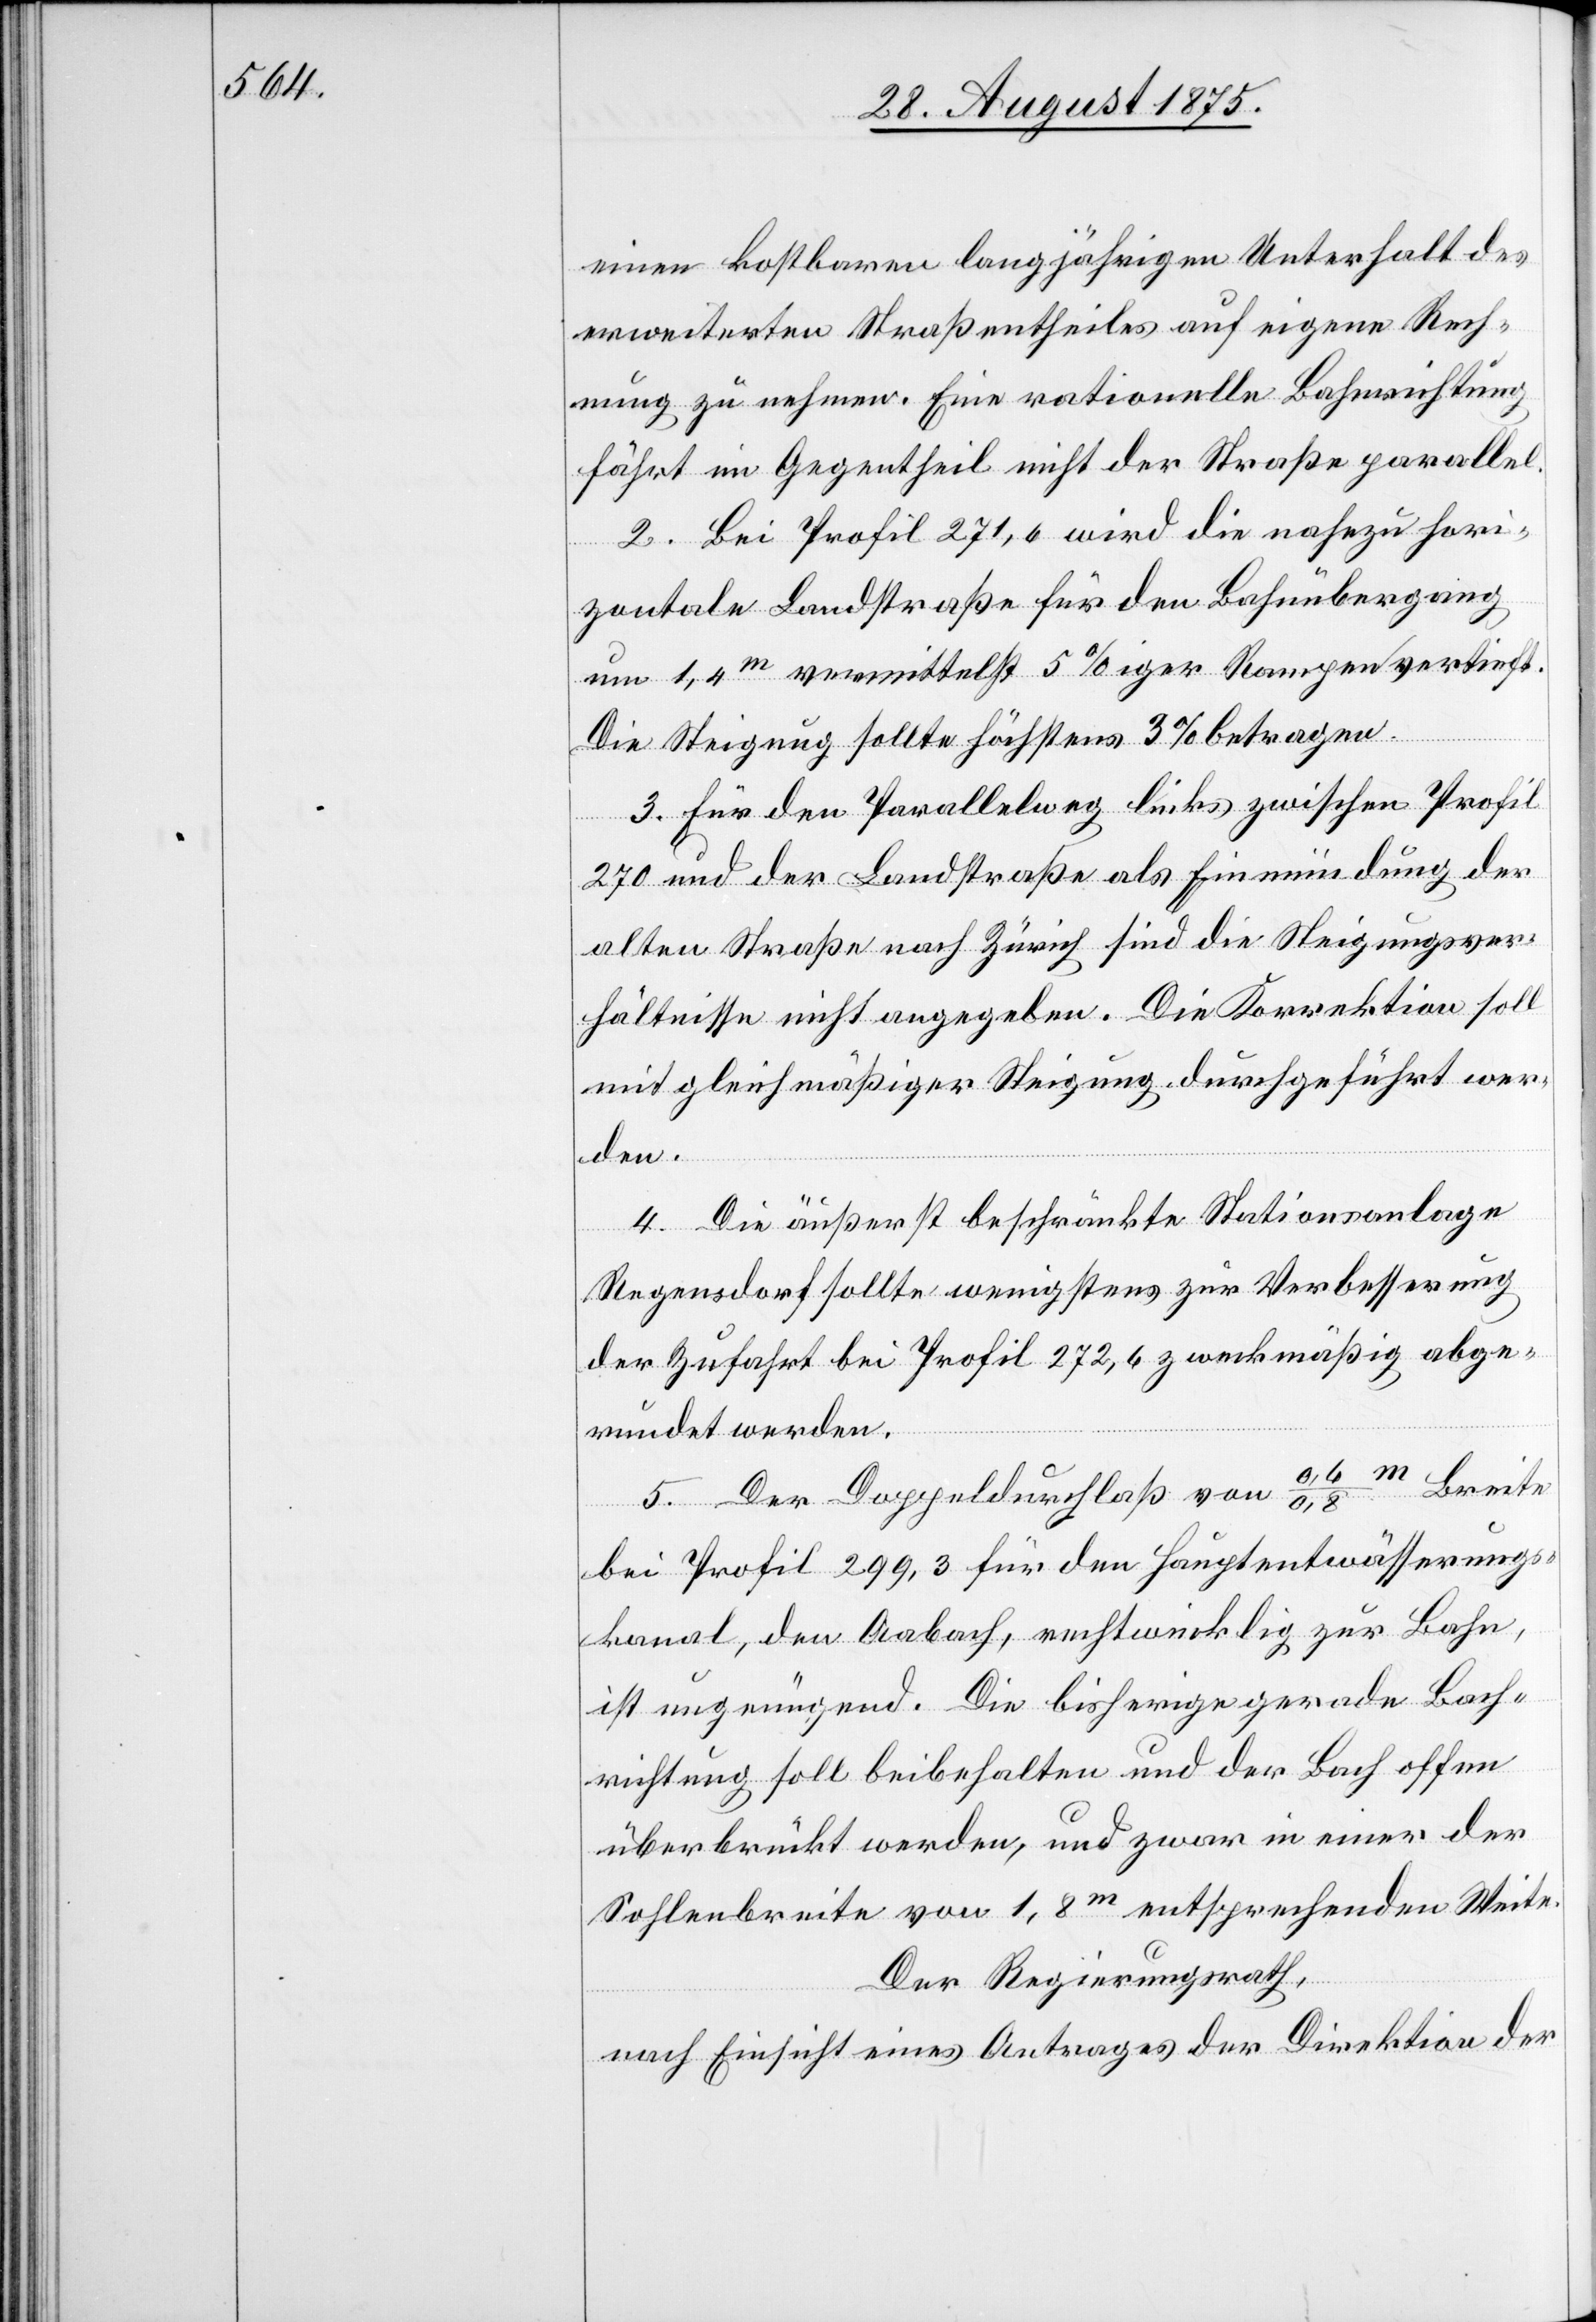
einen kostbaren langjährigen Unterhalt des
erweiterten Straßentheiles auf eigene Rech¬
nung zu nehmen. Eine rationelle Bahnrichtung
fährt im Gegentheil nicht der Straße parallel.
2. Bei Profil 271,6 wird die nahezu hori¬
zontale Landstraße für den Bahnübergang
um 1,4m vermittelst 5%iger Rampen vertieft.
Die Steigung sollte höchstens 3% betragen.
3. Für den Parallelweg links zwischen Profil
270 und der Landstraße als Einmündung der
alten Straße nach Zürich sind die Steigungsver¬
hältnisse nicht angegeben. Die Korrektion soll
mit gleichmäßiger Steigung durchgeführt wer¬
den.
4. Die äußerst beschränkte Stationsanlage
Regensdorf sollte wenigstens zur Verbesserung
der Zufahrt bei Profil 272,6 zweckmäßig abge¬
rundet werden.
5. Der Doppeldurchlaß von 0,6/0,8m Breite
bei Profil 299,3 für den Hauptentwässerungs¬
kanal, den Aabach, rechtwinklig zur Bahn,
ist ungenügend. Die bisherige gerade Bach¬
richtung soll beibehalten und der Bach offen
überbrückt werden, und zwar in einer der
Sohlenbreite von 1,8m entsprechenden Weite.
Der Regierungsrath,
nach Einsicht eines Antrages der Direktion der